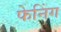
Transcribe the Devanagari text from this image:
फेनिंग